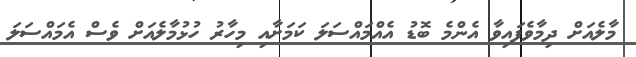
މާލެއަށް ދިމާވެފައިވާ އެންމެ ބޮޑު އެއްމައްސަލަ ކަމަށާއި މިހާރު ހުޅުމާލެއަށް ވެސް އެމައްސަލަ